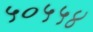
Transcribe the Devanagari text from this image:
५०५५४